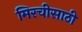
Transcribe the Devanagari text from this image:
मिरचीसाठी